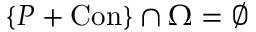
\{ P + \mathrm { C o n } \} \cap \Omega = \varnothing